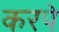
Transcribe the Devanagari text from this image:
करपे